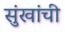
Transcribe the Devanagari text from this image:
सुंखांची